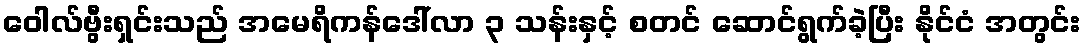
ဝေါလ်ဗွီးရှင်းသည် အမေရိကန်ဒေါ်လာ ၃ သန်းနှင့် စတင် ဆောင်ရွက်ခဲ့ပြီး နိုင်ငံ အတွင်း